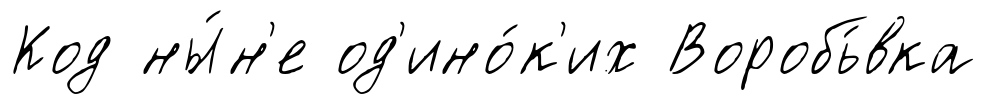
Код ны́н'е од'ино́к'их Воробь́вка